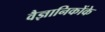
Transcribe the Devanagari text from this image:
वैज्ञानिकोंके